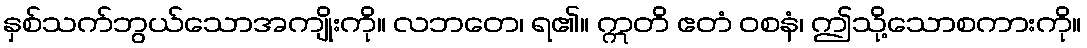
နှစ်သက်ဘွယ်သောအကျိုးကို။ လဘတေ၊ ရ၏။ ဣတိ ဧတံ ဝစနံ၊ ဤသို့သောစကားကို။